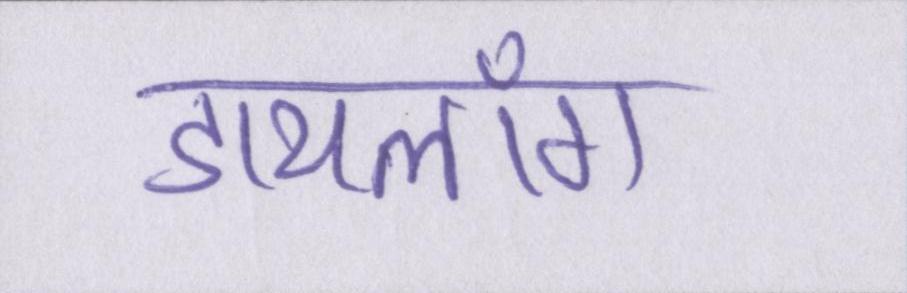
डायलॉग